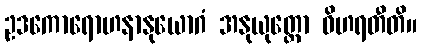
ဥဒကောရောဟနာနုယောဂံ အနုယုတ္တော ဝိဟရတီတိ။